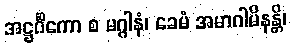
အဋ္ဌင်္ဂိကော စ မဂ္ဂါနံ၊ ခေမံ အမာဂါမိနန္တိ၊